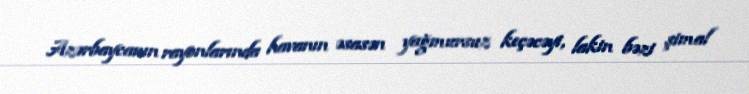
Azərbaycanın rayonlarında havanın əsasən yağmursuz keçəcəyi, lakin bəzi şimal